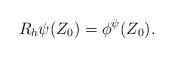
LaTeX: \begin{align*}R_{h}\psi(Z_0)=\phi^\psi(Z_0).\end{align*}